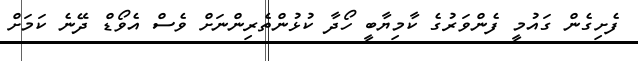
ފެށިގެން ގައުމީ ފެންވަރުގެ ކާމިޔާބީ ހޯދާ ކުޅުންތެރިންނަށް ވެސް އެވޯޑް ދޭނެ ކަމަށް